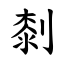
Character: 㓼